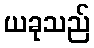
ယခုသည်